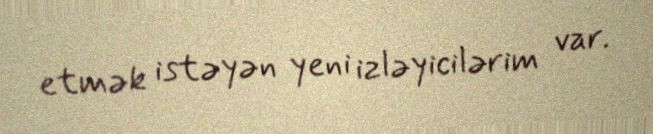
etmək istəyən yeni izləyicilərim var.